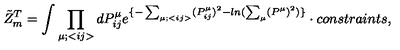
{ \tilde { Z } } _ { m } ^ { T } = \int \prod _ { \mu ; < { i j } > } d P _ { i j } ^ { \mu } e ^ { \{ - \sum _ { \mu ; < { i j } > } ( P _ { i j } ^ { \mu } ) ^ { 2 } - l n ( \sum _ { \mu } ( P ^ { \mu } ) ^ { 2 } ) \} } \cdot { c o n s t r a i n t s } ,